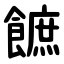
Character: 䭖